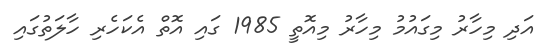
އަދި މިހާރު މިގައުމު މިހާރު މިއޮތީ 1985 ގައި އޮތް އެކަހެރި ހާލަތުގައި